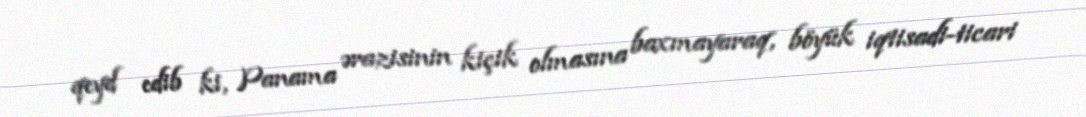
qeyd edib ki, Panama ərazisinin kiçik olmasına baxmayaraq, böyük iqtisadi-ticari